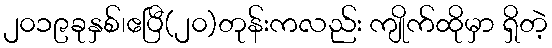
၂၀၁၉ခုနှစ်၊ဧပြီ(၂၀)တုန်းကလည်း ကျိုက်ထိုမှာ ရှိတဲ့